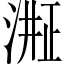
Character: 𬈈